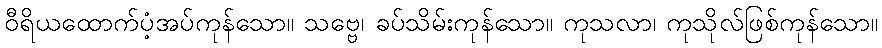
ဝီရိယထောက်ပံ့အပ်ကုန်သော။ သဗ္ဗေ၊ ခပ်သိမ်းကုန်သော။ ကုသလာ၊ ကုသိုလ်ဖြစ်ကုန်သော။